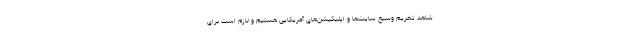
شاهد تحریم وسیع سایت‌ها و اپلیکیشن‌های آمریکایی هستیم و لازم است برای